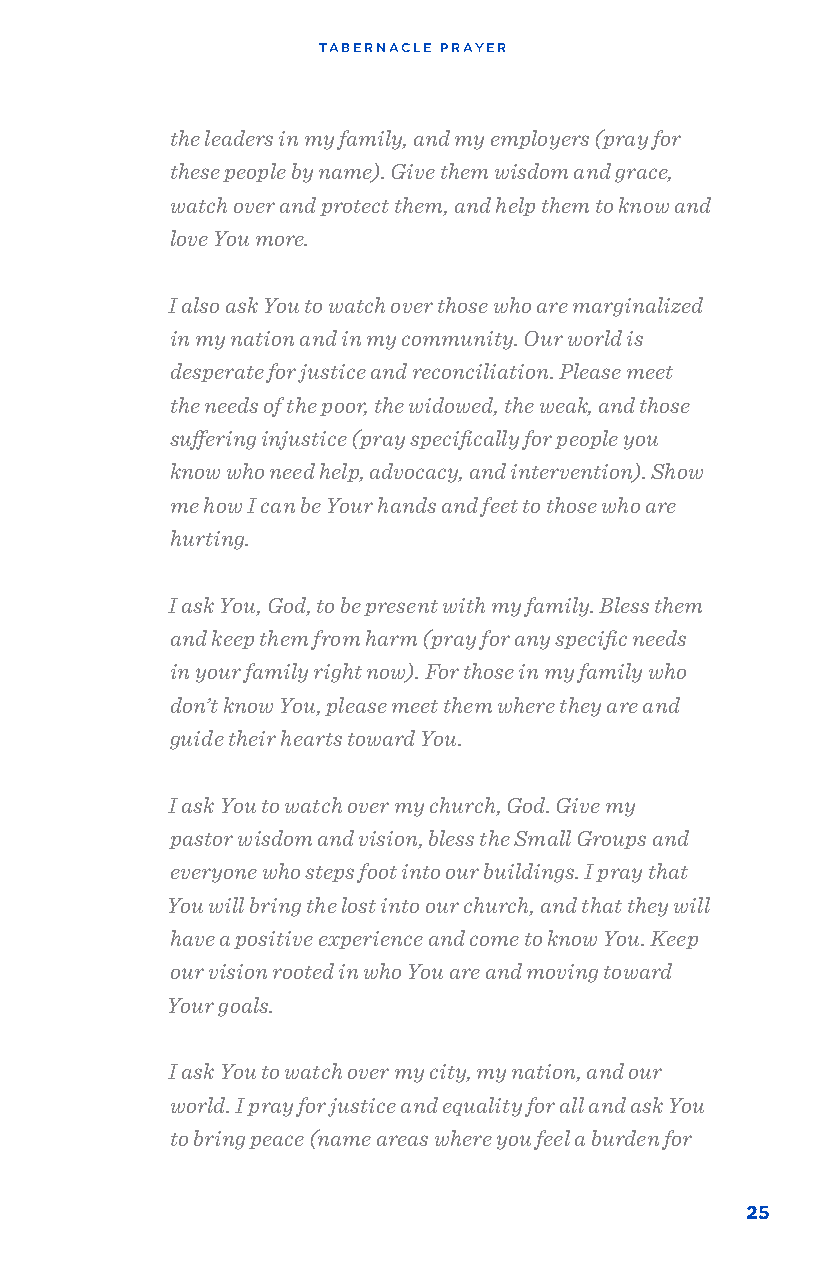
TABERNACLE PRAYER
 the leaders in my family, and my employers (pray for
 these people by name). Give them wisdom and grace,
 watch over and protect them, and help them to know and
 love You more.
 I also ask You to watch over those who are marginalized
 in my nation and in my community. Our world is
 desperate for justice and reconciliation. Please meet
 the needs of the poor, the widowed, the weak, and those
 suffering injustice (pray specifically for people you
 know who need help, advocacy, and intervention). Show
 me how I can be Your hands and feet to those who are
 hurting.
 I ask You, God, to be present with my family. Bless them
 and keep them from harm (pray for any specific needs
 in your family right now). For those in my family who
 don’t know You, please meet them where they are and
 guide their hearts toward You.
 I ask You to watch over my church, God. Give my
 pastor wisdom and vision, bless the Small Groups and
 everyone who steps foot into our buildings. I pray that
 You will bring the lost into our church, and that they will
 have a positive experience and come to know You. Keep
 our vision rooted in who You are and moving toward
 Your goals.
 I ask You to watch over my city, my nation, and our
 world. I pray for justice and equality for all and ask You
 to bring peace (name areas where you feel a burden for
 25